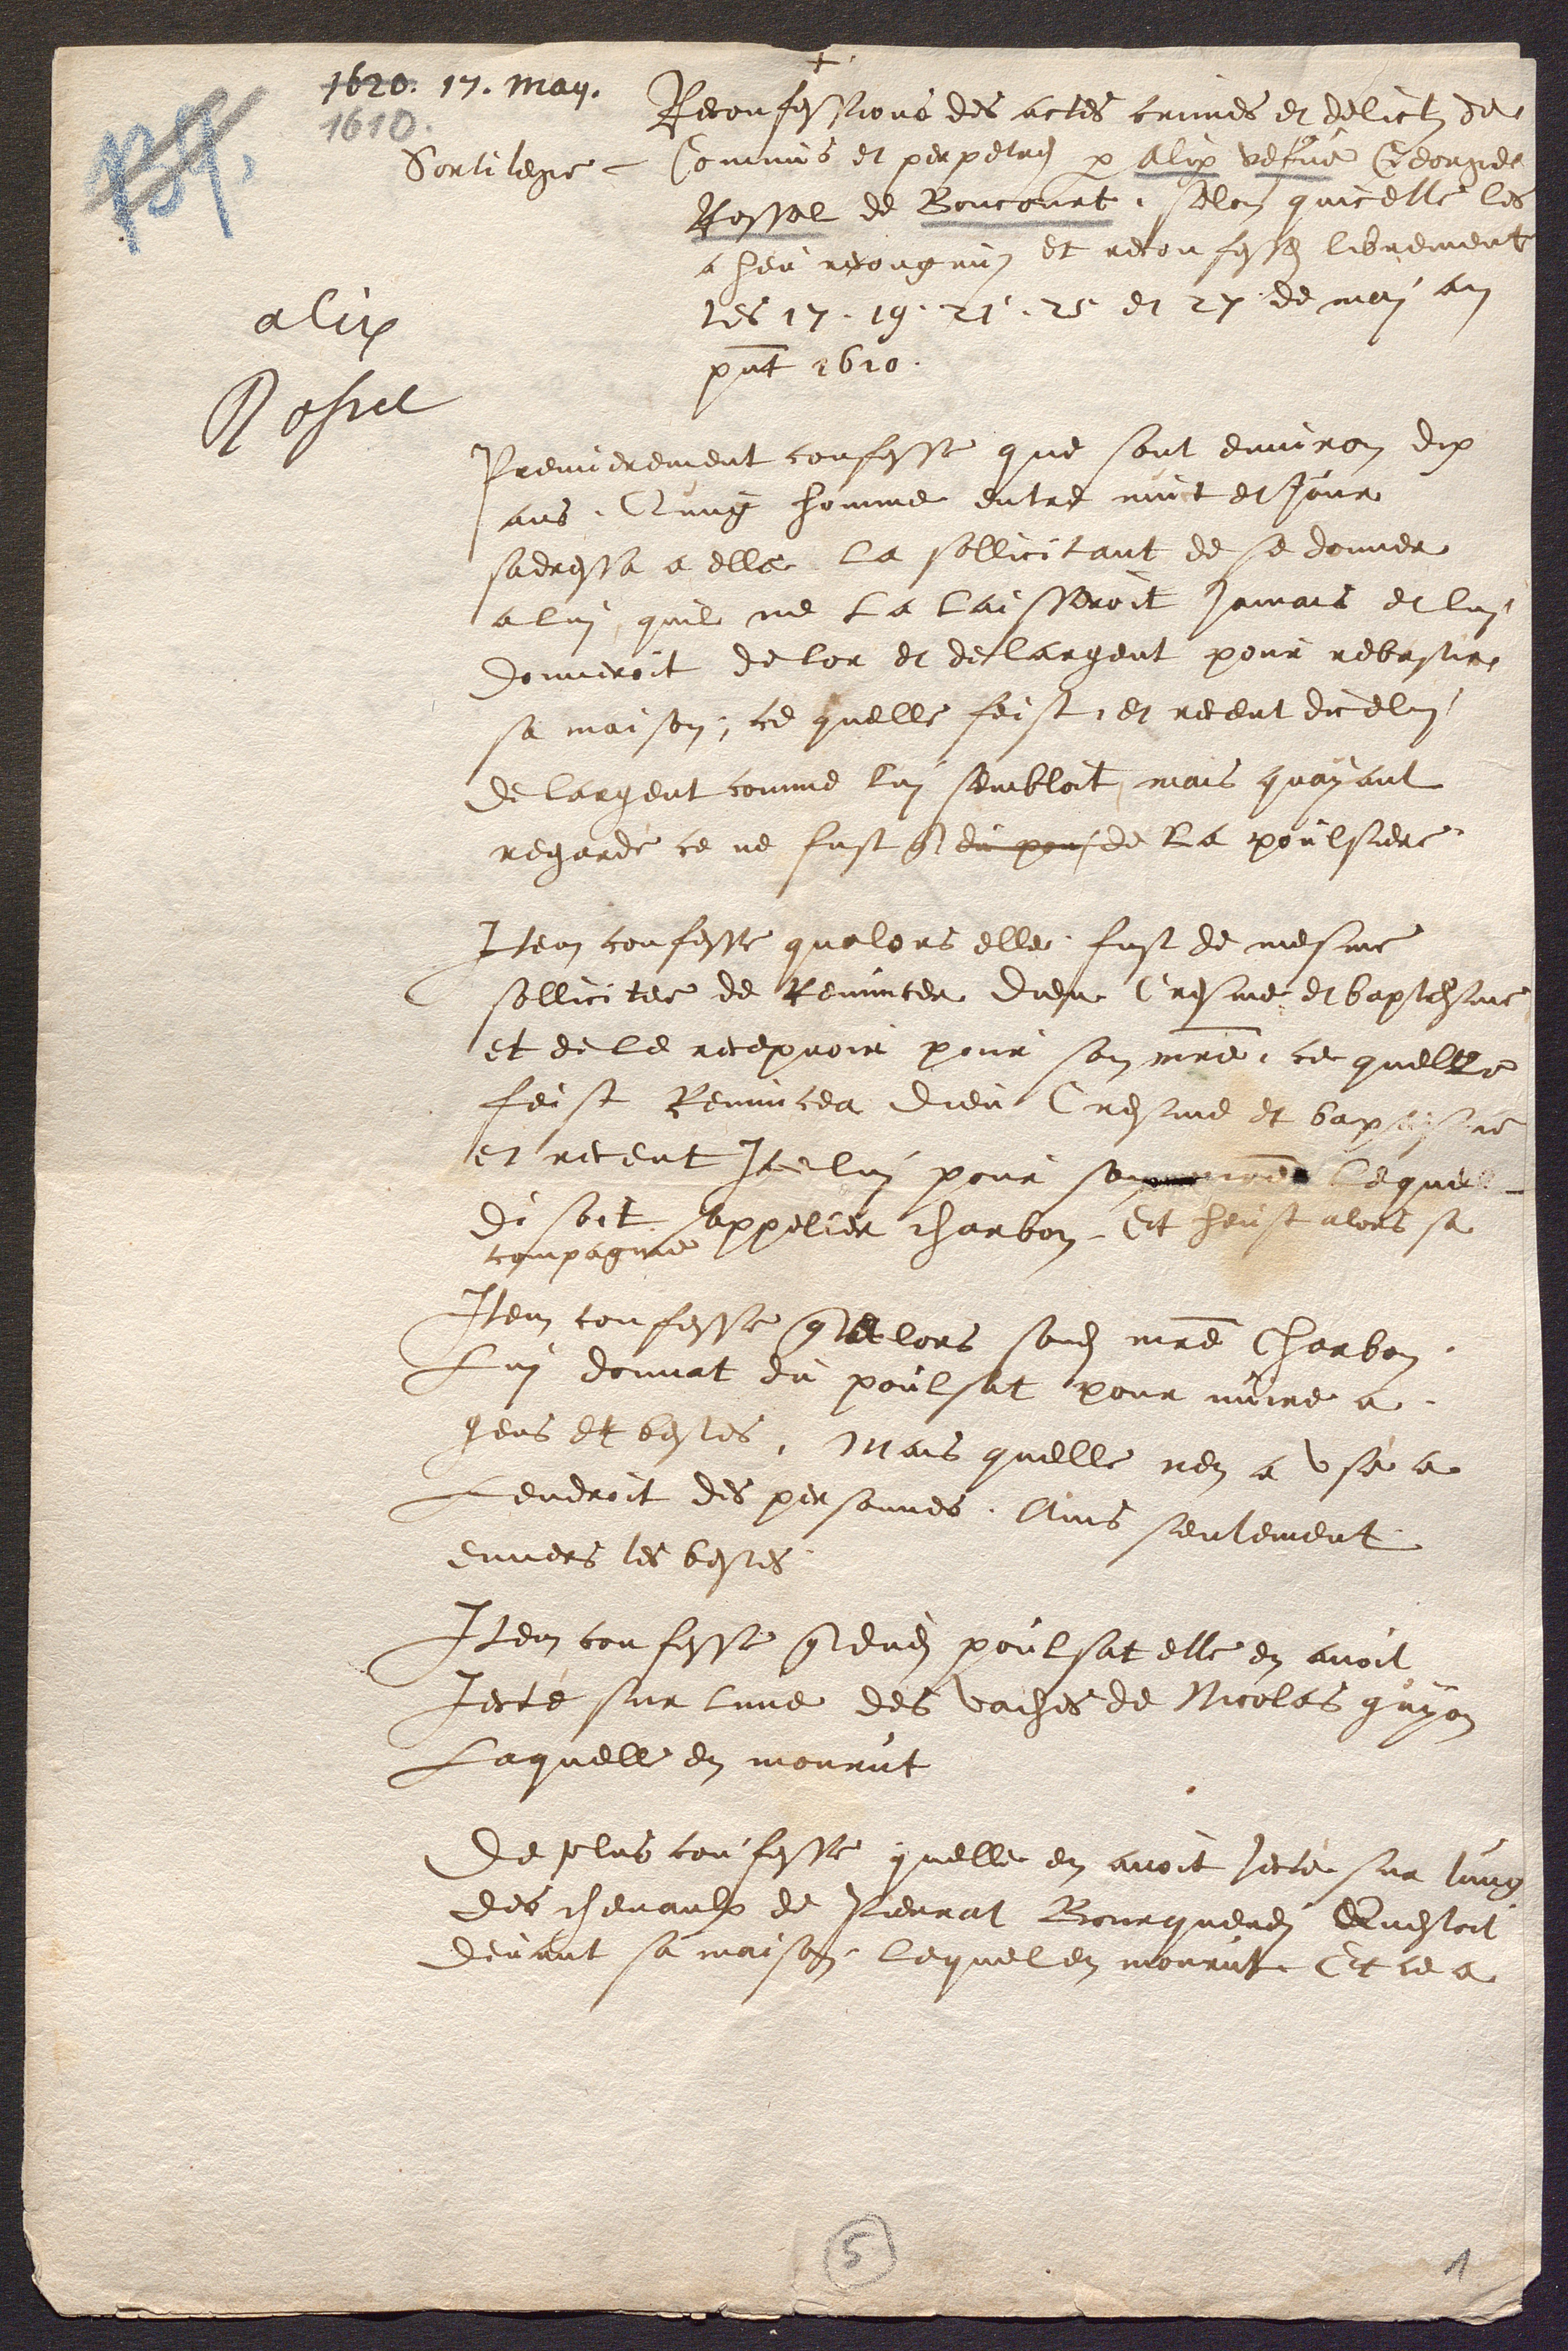
Reconfessions des actes crimes et delicts de
Commis et perpetres par Alix vefve George
Sortilege
Rossel de Boncourt. Selon quicelle les
a heu recongnus et reconfesses librement
les 17. 19. 21. 25 et 27. de mai an
présent 1610.
Premierement confesse que sont environ dix
ans, Qung homme entre nuict et Jour
sadressa a elle la sollicitant de se donner
a lui quil ne la laisseroit jamais et lui
donneroit de lor et de largent pour rebastir
sa maison ; ce quelle feist, et receut dicelui
de largent comme lui sembloit mais quayant
regarde ce ne fust que du pous de la poulsiere
Item confesse qualors elle fust de mesme
sollicitee de Renuncer Dieu Cresme et baptesme
et de le recepvoir pour son maître ce quelle
feist Renuncea dieu Cresme et baptesme
 et receut Icelui pour son maître lequel
 disoit sappeller charbon. Et heust alors sa
compagnie
Item confesse que alors sondit maitre Charbon
lui donnat du poulsat pour nuire a
gens et bestes. Mais quelle nen a use a
Lendroit des personnes. Ains seulement
envers les bestes.
Item confesse que dudit poulsat elle en avoit
Jecté sur lune des vaches de Nicolas guyon
Laquelle en mourut
De plus confesse quelle en avoit jecté sur lung
des chevaulx de Pierrat Bourquenei Questoit
devant sa maison, lequel en mourut. Et ce a